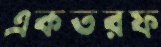
একতরফ